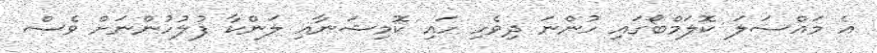
އެ މައްސަލަ ކޮލަމްބޯގައި ހުންނަ ދިވެހި ހައި ކޮމިޝަނާއި ލަންކާ ފުލުހުންނަށް ވެސް